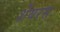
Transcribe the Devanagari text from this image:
शेयरस